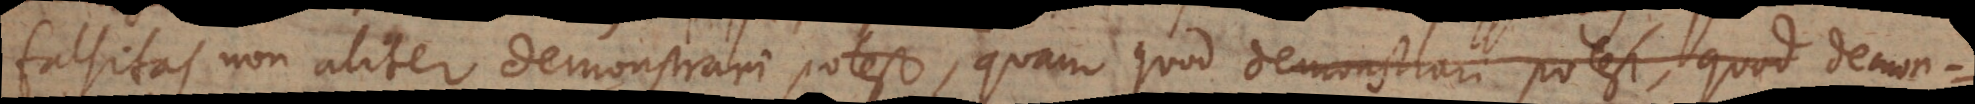
falsitas non aliter demonstrari potest, quam quod demonstrari potest, quod demon